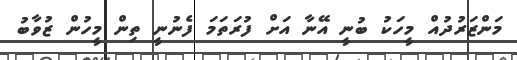
މަންޒަރުދުއް މީހަކު ބުނީ އޭނާ އަށް ފުރަތަމަ ފެނުނީ ތިން މީހުން ޒުވާބު